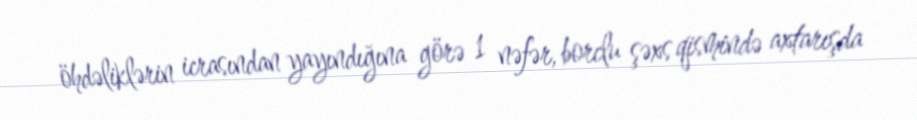
öhdəliklərin icrasından yayındığına görə 1 nəfər, borclu şəxs qismində axtarışda